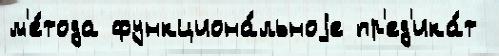
м'е́тода функциона́льноjе пр'ед'ика́т